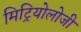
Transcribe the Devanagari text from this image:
मिट्रियोलोजी